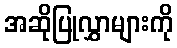
အဆိုပြုလွှာများကို